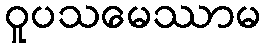
ဝူပသမေဿာမ